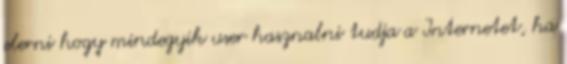
elerni hogy mindegyik user hasznalni tudja a Internetet, ha